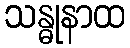
သန္ဓုနာထ